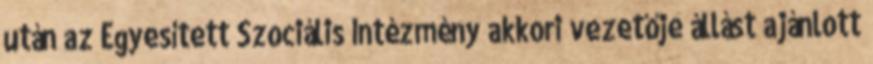
után az Egyesített Szociális Intézmény akkori vezetője állást ajánlott